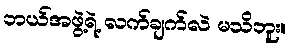
ဘယ်အဖွဲ့ရဲ့ လက်ချက်လဲ မသိဘူး။